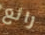
رائع